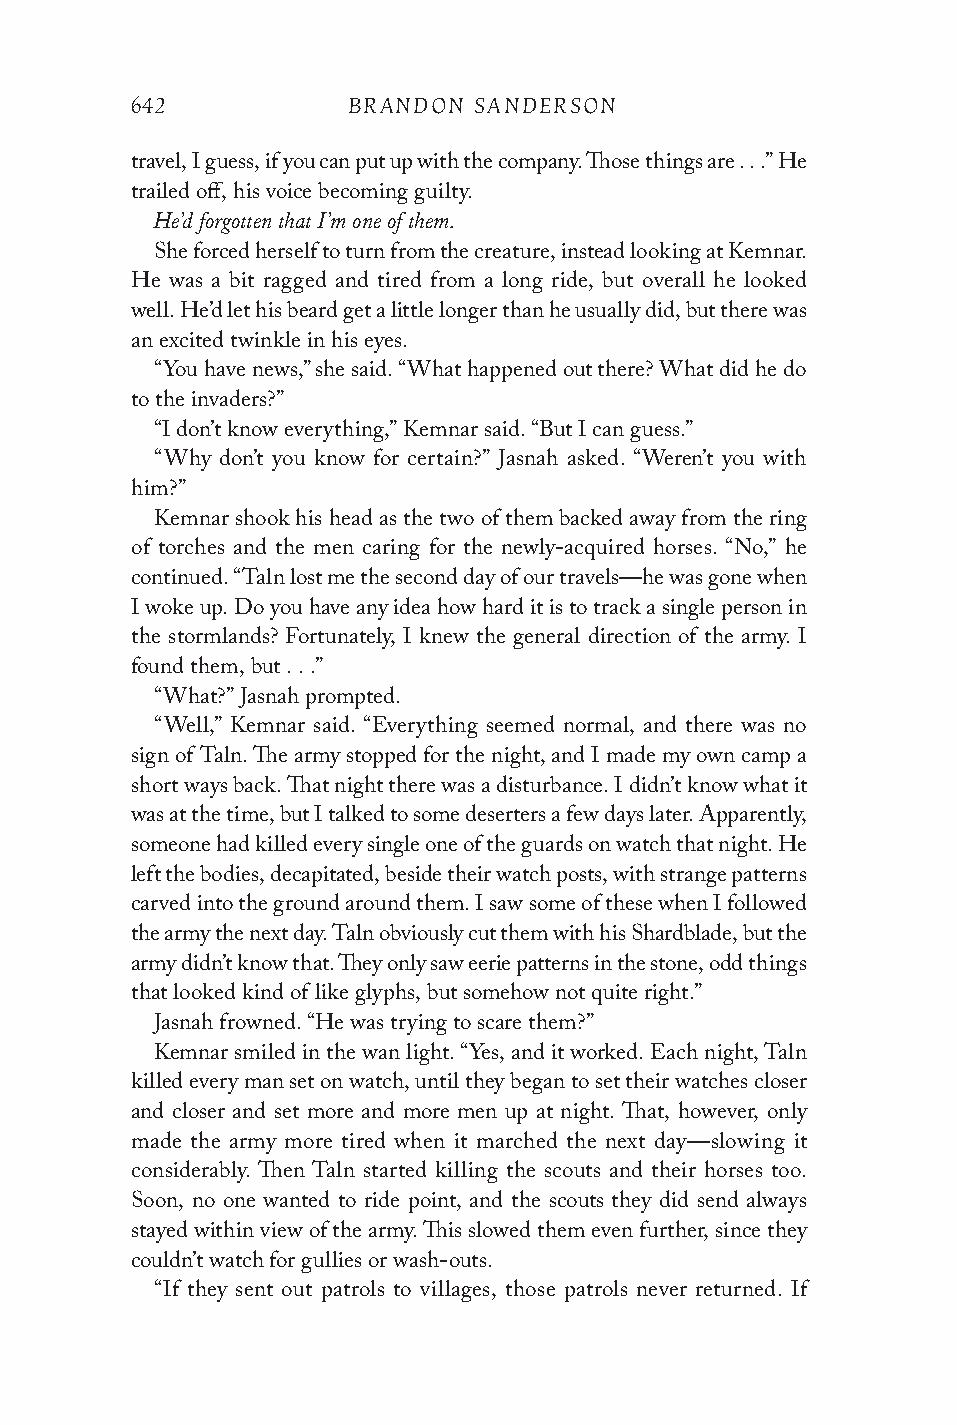
642           BRANDON SANDERSON
 travel, I guess, if you can put up with the company. Those things are . . .” He
 trailed off, his voice becoming guilty.
 He’d forgotten that I’m one of them.
 She forced herself to turn from the creature, instead looking at Kemnar.
 He was a bit ragged and tired from a long ride, but overall he looked
 well. He’d let his beard get a little longer than he usually did, but there was
 an excited twinkle in his eyes.
 “You have news,” she said. “What happened out there? What did he do
 to the invaders?”
 “I don’t know everything,” Kemnar said. “But I can guess.”
 “Why don’t you know for certain?” Jasnah asked. “Weren’t you with
 him?”
 Kemnar shook his head as the two of them backed away from the ring
 of torches and the men caring for the newly-acquired horses. “No,” he
 continued. “Taln lost me the second day of our travels—he was gone when
 I woke up. Do you have any idea how hard it is to track a single person in
 the stormlands? Fortunately, I knew the general direction of the army. I
 found them, but . . .”
 “What?” Jasnah prompted.
 “Well,” Kemnar said. “Everything seemed normal, and there was no
 sign of Taln. The army stopped for the night, and I made my own camp a
 short ways back. That night there was a disturbance. I didn’t know what it
 was at the time, but I talked to some deserters a few days later. Apparently,
 someone had killed every single one of the guards on watch that night. He
 left the bodies, decapitated, beside their watch posts, with strange patterns
 carved into the ground around them. I saw some of these when I followed
 the army the next day. Taln obviously cut them with his Shardblade, but the
 army didn’t know that. They only saw eerie patterns in the stone, odd things
 that looked kind of like glyphs, but somehow not quite right.”
 Jasnah frowned. “He was trying to scare them?”
 Kemnar smiled in the wan light. “Yes, and it worked. Each night, Taln
 killed every man set on watch, until they began to set their watches closer
 and closer and set more and more men up at night. That, however, only
 made the army more tired when it marched the next day—slowing it
 considerably. Then Taln started killing the scouts and their horses too.
 Soon, no one wanted to ride point, and the scouts they did send always
 stayed within view of the army. This slowed them even further, since they
 couldn’t watch for gullies or wash-outs.
 “If they sent out patrols to villages, those patrols never returned. If